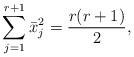
LaTeX: \begin{align*}\sum_{j=1}^{r+1}\bar{x}_j^2={r(r+1)\over2},\end{align*}